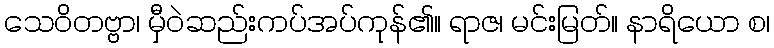
သေဝိတဗ္ဗာ၊ မှီဝဲဆည်းကပ်အပ်ကုန်၏။ ရာဇ၊ မင်းမြတ်။ နာရိယော စ၊